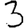
Digit: 3